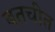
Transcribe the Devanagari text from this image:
बतचीत